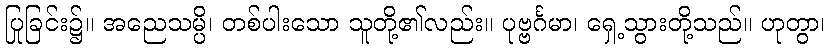
ပြုခြင်း၌။ အညေသမ္ပိ၊ တစ်ပါးသော သူတို့၏လည်း။ ပုဗ္ဗင်္ဂမာ၊ ရှေ့သွားတို့သည်။ ဟုတွာ၊